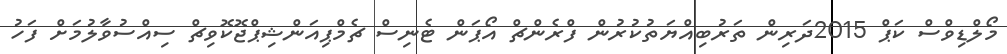
މޯލްޑިވްސް ކަޕް 2015ދަރިން ތަރުބިއްޔަތުކުރުން ފްރެންޗް އޯޕަން ޓެނިސް ޗެމްޕިއަންޝިޕްޖޮކޮވިޗް ސިއްސުވާލުމަށް ފަހު